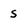
Character: s